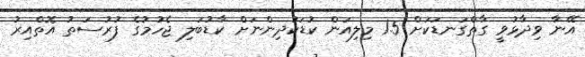
އޭނާ ވިދާޅުވީ ގާތްގަނޑަކަށް 1.5 މިލިއަން ކުޑަކުދިންނަށް ކާޑުބަލި ޖެހުމުގެ ފުރުސަތު އޮތްއިރު